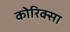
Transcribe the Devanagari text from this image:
कोरिक्सा